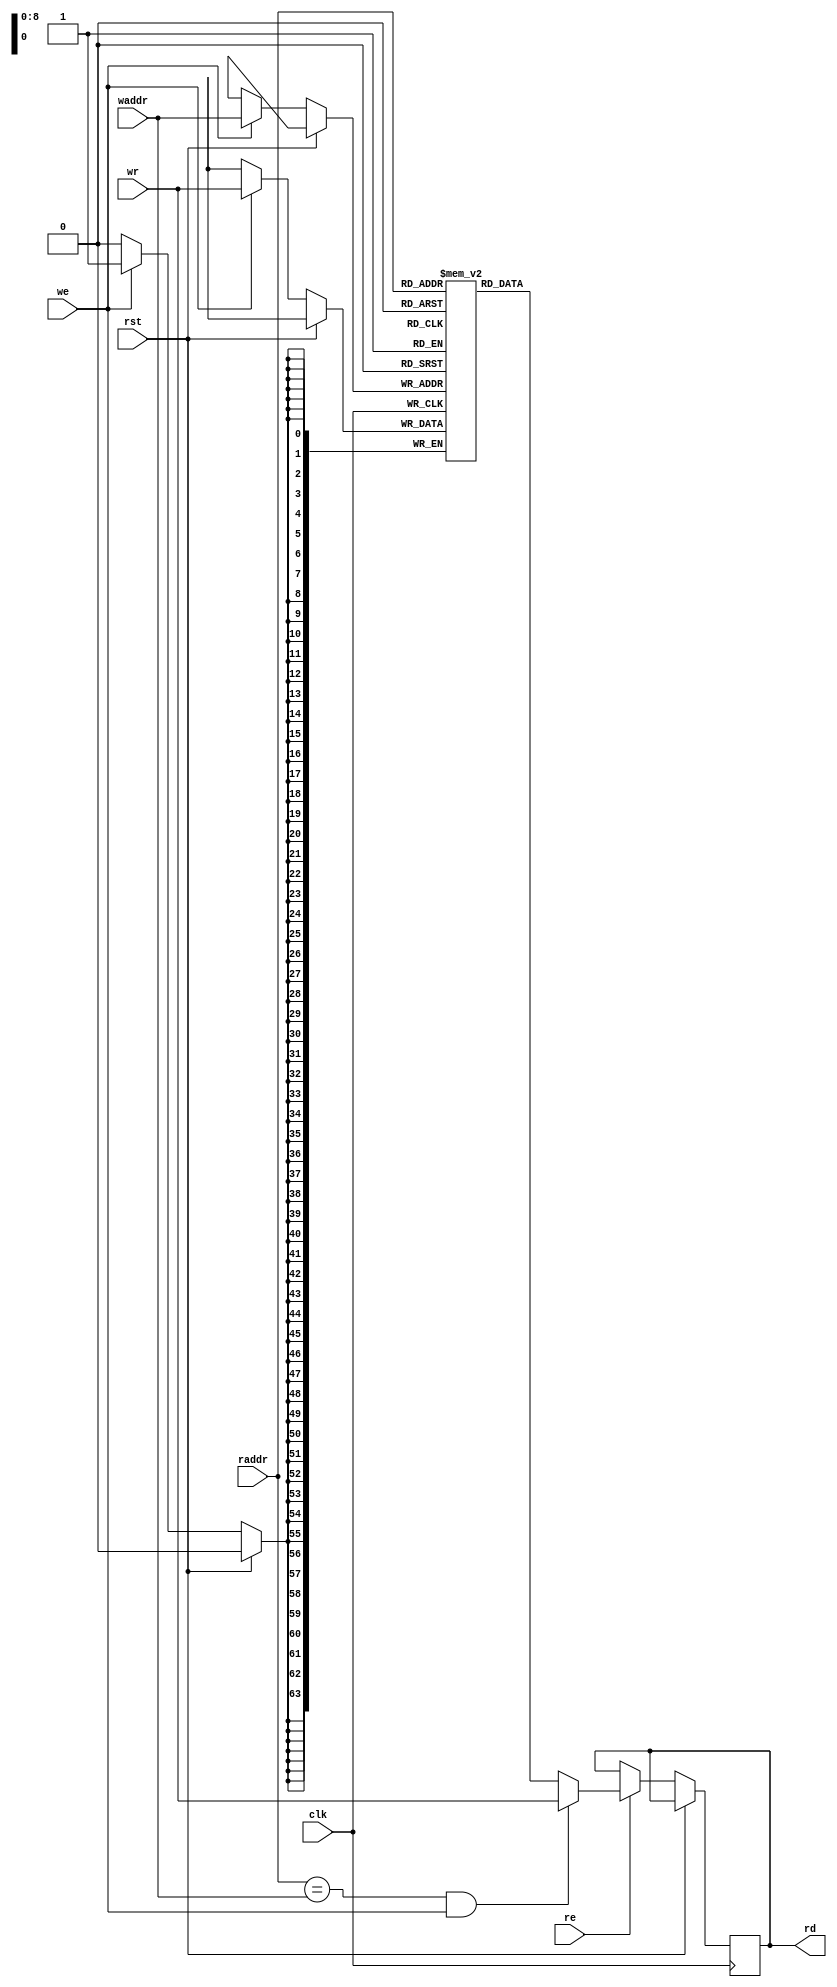
// This program was cloned from: https://github.com/zephray/RISu064
// License: MIT License

`timescale 1ns / 1ps
`default_nettype none
//
// RISu64
// Copyright 2022 Wenting Zhang
//
// Permission is hereby granted, free of charge, to any person obtaining a copy
// of this software and associated documentation files (the "Software"), to deal
// in the Software without restriction, including without limitation the rights
// to use, copy, modify, merge, publish, distribute, sublicense, and/or sell
// copies of the Software, and to permit persons to whom the Software is
// furnished to do so, subject to the following conditions:
//
// The above copyright notice and this permission notice shall be included in
// all copies or substantial portions of the Software.
//
// THE SOFTWARE IS PROVIDED "AS IS", WITHOUT WARRANTY OF ANY KIND, EXPRESS OR
// IMPLIED, INCLUDING BUT NOT LIMITED TO THE WARRANTIES OF MERCHANTABILITY,
// FITNESS FOR A PARTICULAR PURPOSE AND NONINFRINGEMENT. IN NO EVENT SHALL THE
// AUTHORS OR COPYRIGHT HOLDERS BE LIABLE FOR ANY CLAIM, DAMAGES OR OTHER
// LIABILITY, WHETHER IN AN ACTION OF CONTRACT, TORT OR OTHERWISE, ARISING FROM,
// OUT OF OR IN CONNECTION WITH THE SOFTWARE OR THE USE OR OTHER DEALINGS IN THE
// SOFTWARE.
//
module ram_512_64(
    input wire clk,
    input wire rst,
    // Read port
    input wire [8:0] raddr,
    output wire [63:0] rd,
    input wire re,
    // Write port
    input wire [8:0] waddr,
    input wire [63:0] wr,
    input wire we
);

`ifdef SKY130
    reg rd_bypass_en;
    reg [63:0] rd_bypass;
    always @(posedge clk) begin
        rd_bypass <= wr;
        rd_bypass_en <= (raddr == waddr) && we;
    end

    wire [63:0] ram_rd;
    wire ram_re = (raddr != waddr) && re;

    sky130_sram_2kbyte_1rw1r_32x512_8 lo_mem(
        .clk0(clk),
        .csb0(!we),
        .web0(!we),
        .wmask0(4'hF),
        .addr0(waddr[8:0]),
        .din0(wr[31:0]),
        .dout0(),
        .clk1(clk),
        .csb1(!ram_re),
        .addr1(raddr[8:0]),
        .dout1(ram_rd[31:0])
    );

    sky130_sram_2kbyte_1rw1r_32x512_8 hi_mem(
        .clk0(clk),
        .csb0(!we),
        .web0(!we),
        .wmask0(4'hF),
        .addr0(waddr[8:0]),
        .din0(wr[63:32]),
        .dout0(),
        .clk1(clk),
        .csb1(!ram_re),
        .addr1(raddr[8:0]),
        .dout1(ram_rd[63:32])
    );

    /*sky130_sram_4kbyte_1r1w_64x512 mem(
        .clk0(clk),
        .csb0(!we),
        .addr0(waddr),
        .din0(wr),
        .clk1(clk),
        .csb1(!ram_re),
        .addr1(raddr),
        .dout1(ram_rd)
    );*/

    assign rd = rd_bypass_en ? rd_bypass : ram_rd;
`else
    reg [63:0] mem [0:511];
    reg [63:0] rd_reg;

    always @(posedge clk) begin
        if (!rst) begin
            if (re) begin
                if ((raddr == waddr) && we) begin
                    rd_reg <= wr;
                end
                else begin
                    rd_reg <= mem[raddr];
                end
            end
            // W
            if (we) begin
                mem[waddr] <= wr;
            end
        end
    end

    assign rd = rd_reg;
`endif

endmodule